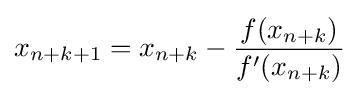
x_{n+k+1}=x_{n+k}-{\frac {f(x_{n+k})}{f'(x_{n+k})}}